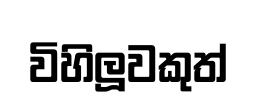
විහිලූවකුත්